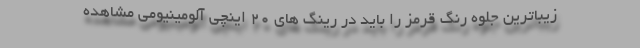
زیباترین جلوه رنگ قرمز را باید در رینگ های 20 اینچی آلومینیومی مشاهده